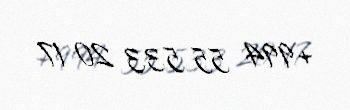
+994 55 533 20 17